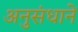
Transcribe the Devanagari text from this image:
अनुसंधानें